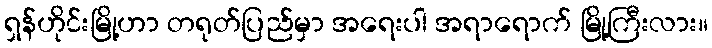
ရှန်ဟိုင်းမြို့ဟာ တရုတ်ပြည်မှာ အရေးပါ အရာရောက် မြို့ကြီးလား။